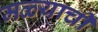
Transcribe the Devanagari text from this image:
मळ्याची